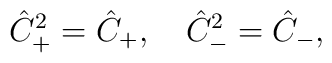
\hat{C}_+^2 = \hat{C}_+,\quad \hat{C}_-^2 = \hat{C}_-,